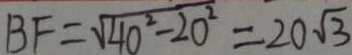
B F = \sqrt { 4 0 ^ { 2 } - 2 0 ^ { 2 } } = 2 0 \sqrt { 3 }